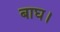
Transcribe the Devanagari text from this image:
बाघ।